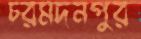
চরমদনপুর